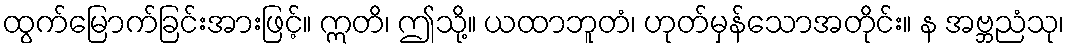
ထွက်မြောက်ခြင်းအားဖြင့်။ ဣတိ၊ ဤသို့။ ယထာဘူတံ၊ ဟုတ်မှန်သောအတိုင်း။ န အဗ္ဘညံသု၊